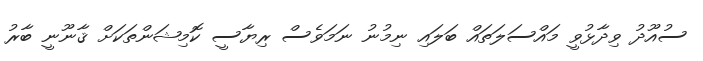
ސުއޫދު ވިދާޅުވީ މައްސަލަތައް ބަލައި ނިމުނު ނަމަވެސް ރިޔާސީ ކޮމިޝަންތަކަށް ޤާނޫނީ ބާރު